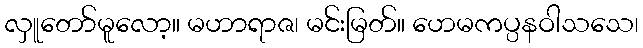
လှူတော်မူလော့။ မဟာရာဇ၊ မင်းမြတ်။ ဟေမကပ္ပနဝါသသေ၊